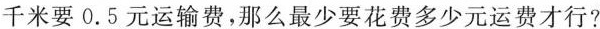
千米要0.5元运输费，那么最少要花费多少元运费才行?